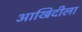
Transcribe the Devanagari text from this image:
आखिदीला